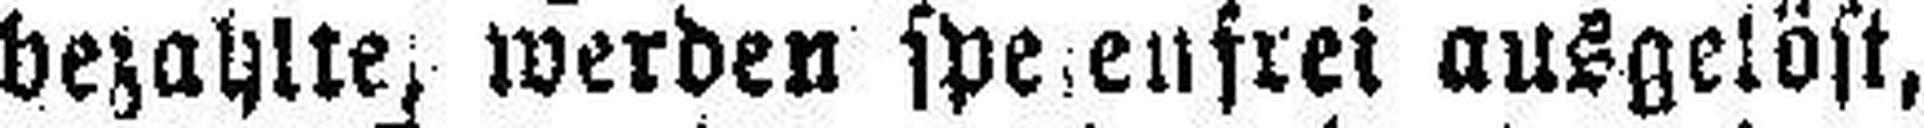
bezahlte, werden spesenfrei ausgelöst,